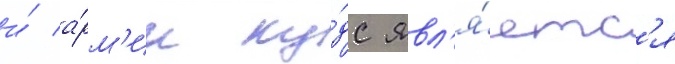
и́ а́рм'ии ку́дс явл'я́етс'я